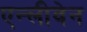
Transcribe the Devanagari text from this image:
एन्लीवेन